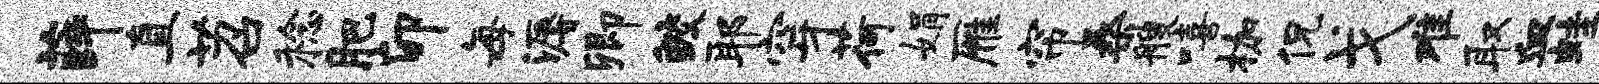
薛直苕稔肥卯每溽卿鲛耶穿荷娟雁帘桑艘嘻枷侃戈难取血蛙